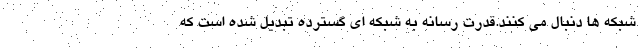
شبکه ها دنبال می کنند.قدرت رسانه به شبکه ای گسترده تبديل شده است که